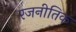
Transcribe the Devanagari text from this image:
रजनीतिक